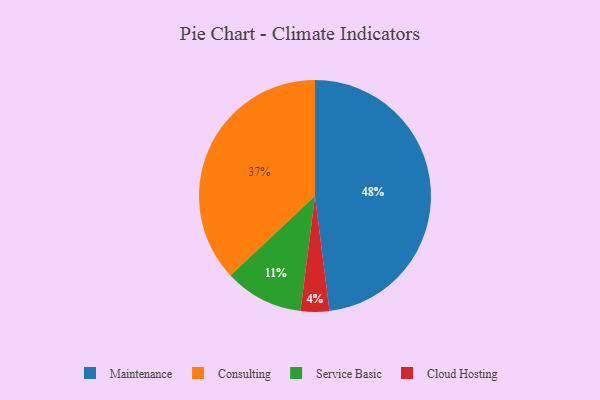
{"axis": {"x": "Category", "y": "Percentage"}, "legend": ["Cloud Hosting", "Consulting", "Maintenance", "Service Basic"], "data": [{"x": "Service Basic", "y": 11, "type": "Service Basic"}, {"x": "Consulting", "y": 37, "type": "Consulting"}, {"x": "Maintenance", "y": 48, "type": "Maintenance"}, {"x": "Cloud Hosting", "y": 4, "type": "Cloud Hosting"}]}